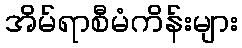
အိမ်ရာစီမံကိန်းများ